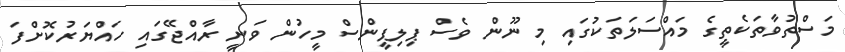
މަސްތުވާތަކެތީގެ މައްސަލަތަކުގައި މި ނޫން ވެސް ޕިލިޕީންސް މީހުން ވަނީ ރާއްޖޭގައި ހައްޔަރުކޮށްފަ